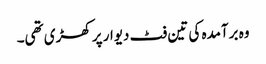
وہ برآمدہ کی تین فٹ دیوار پر کھڑی تھی۔